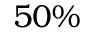
5 0 \%